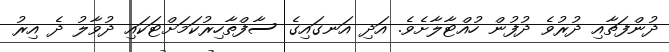
ދުންފަތާއި ދުރުވެ ދުފުން ހުއްޓާލާށެވެ. އަދި އަނގައިގެ ސާފްތާހިރުކަމަށްޓަކައި ދުވާލު ދެ އިރު